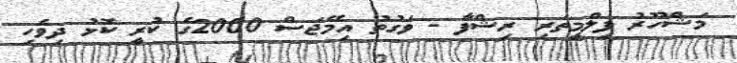
މަޝްހޫރު ފިލްމީތަރި ރިޝްފާ - ވަގުތު އިމޭޖަސް 2000ގެ ކުރީ ކޮޅު ދިވެހި